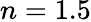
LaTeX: n=1.5